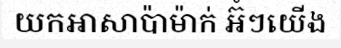
យកអាសាប៉ាម៉ាក់ អ៊ំៗយើង